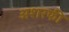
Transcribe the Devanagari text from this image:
अशरफी